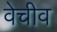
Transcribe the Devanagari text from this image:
वेचीव